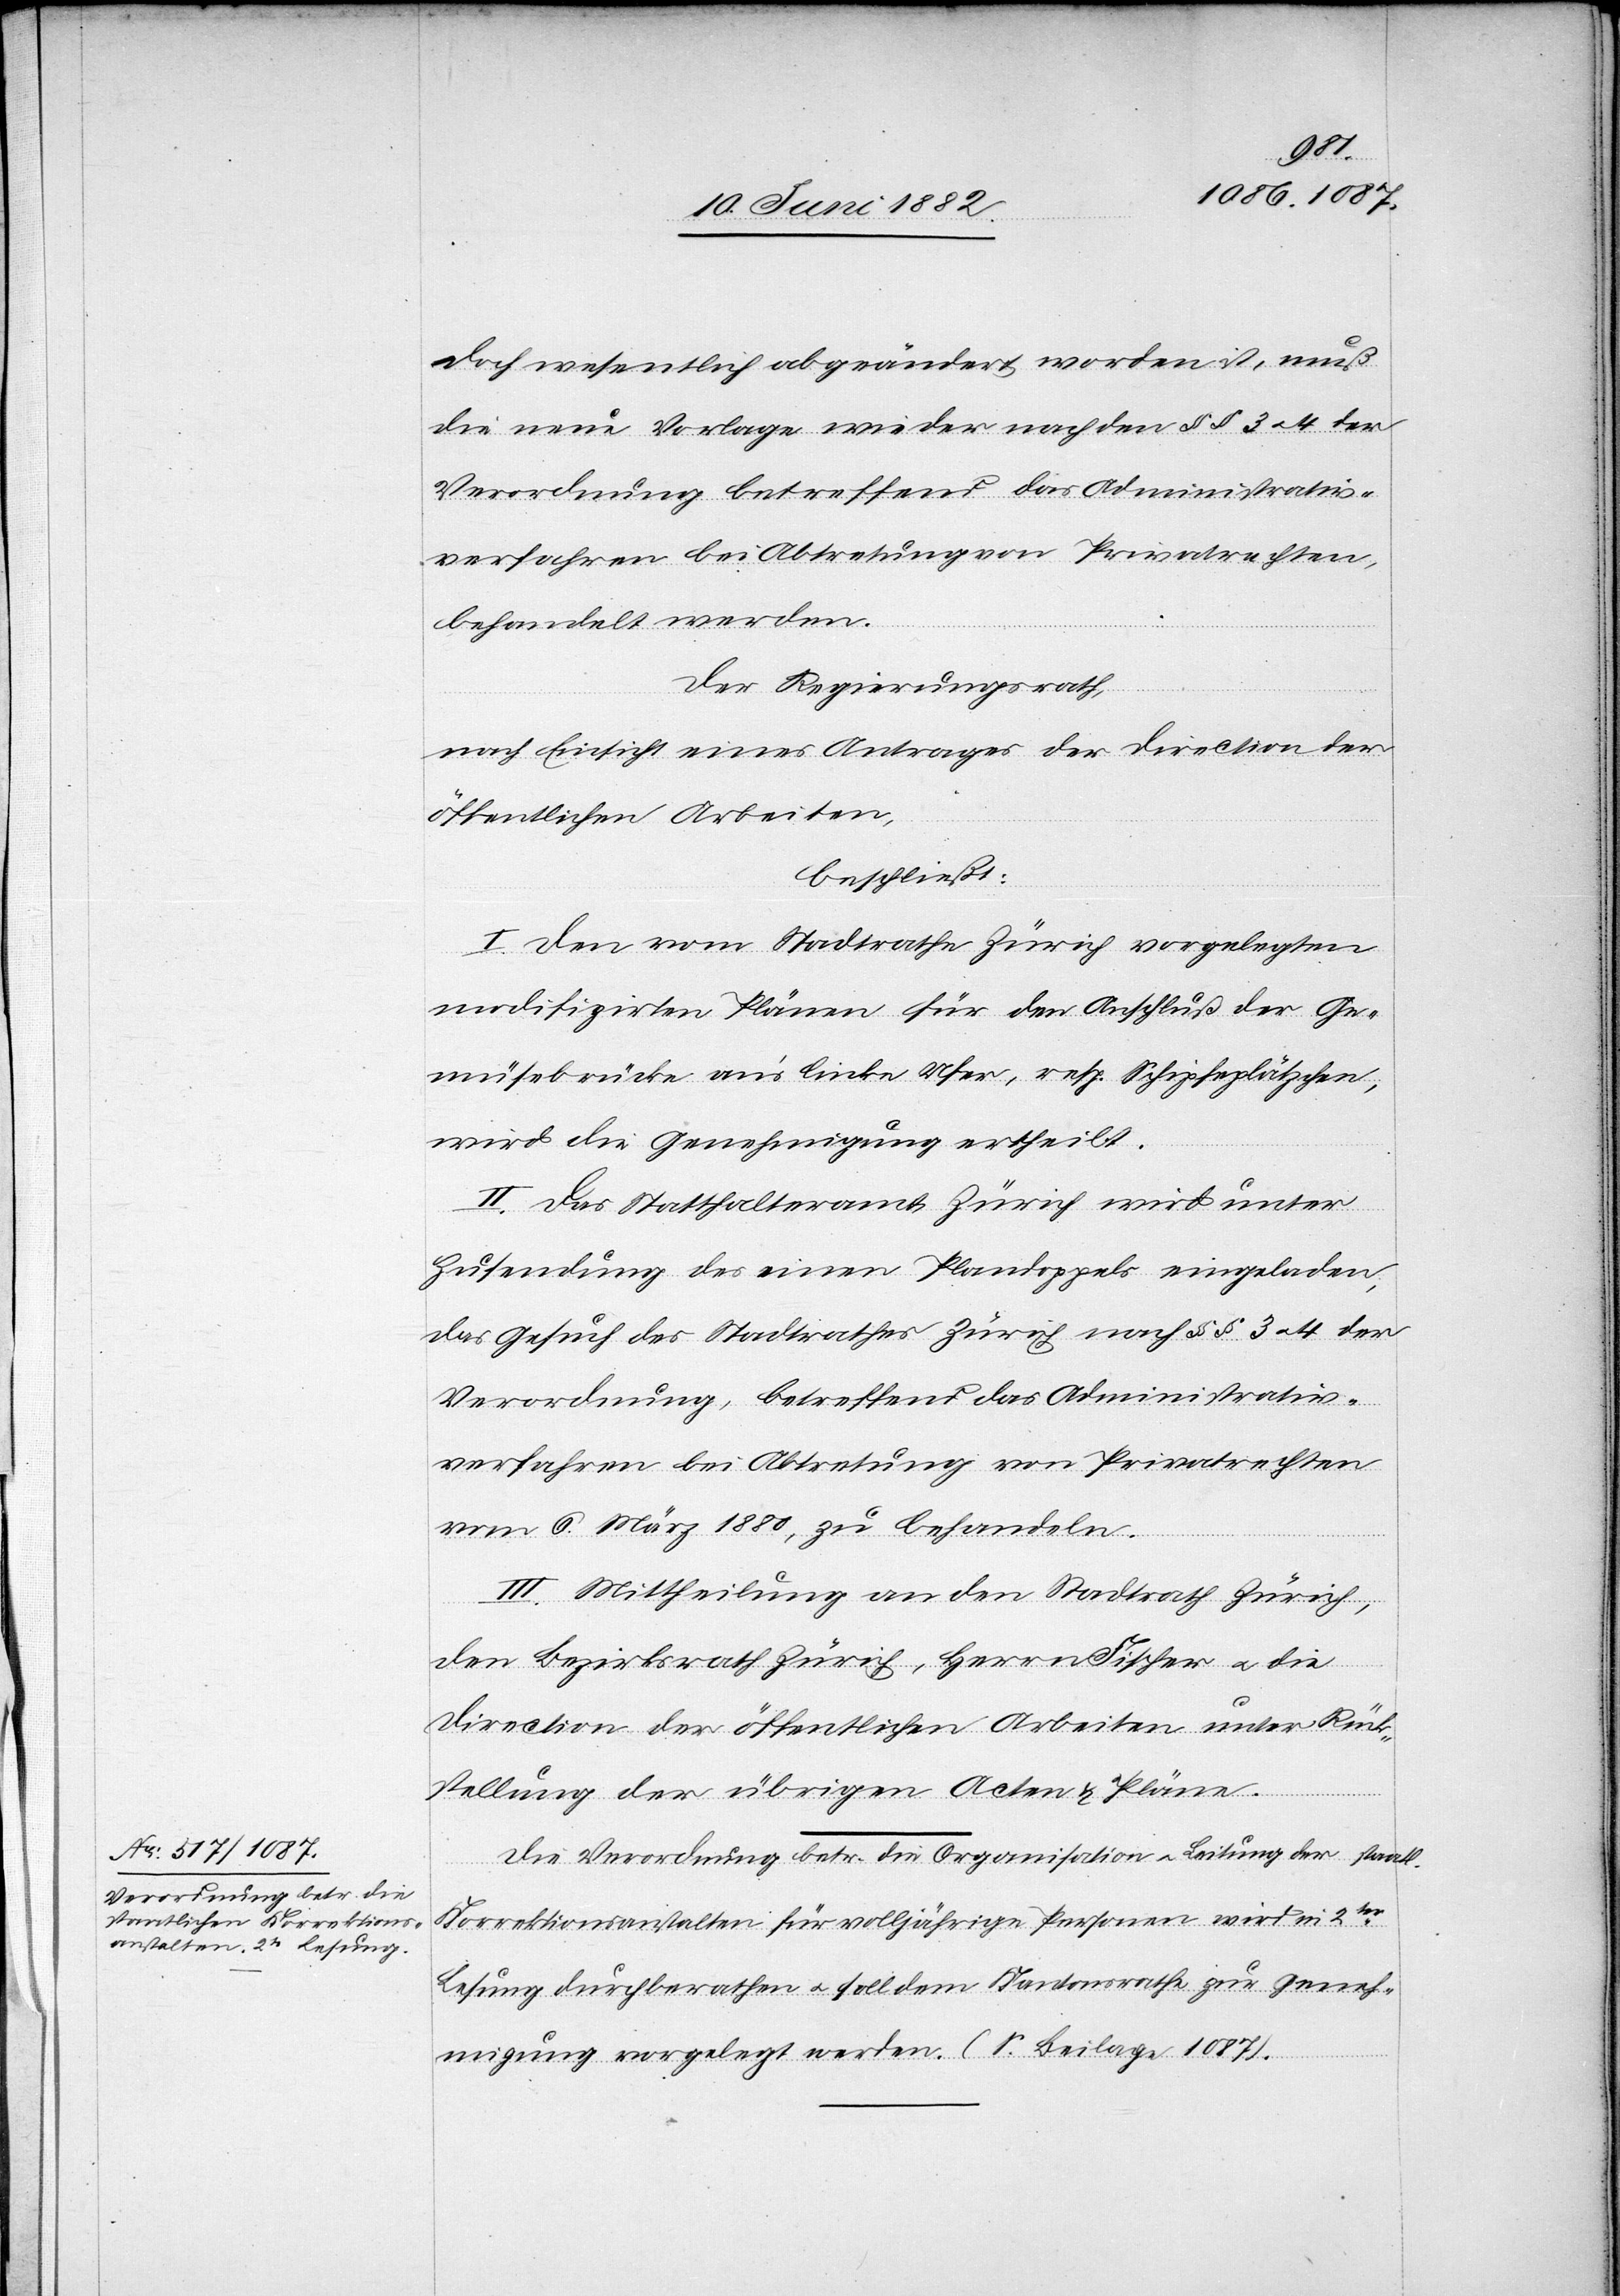
doch wesentlich abgeändert worden ist, muß
die neue Vorlage wieder nach den §§ 3 u. 4 der
Verordnung betreffend das Administrativ¬
verfahren bei Abtretung von Privatrechten,
behandelt werden.
Der Regierungsrath,
nach Einsicht eines Antrages der Direction der
öffentlichen Arbeiten,
beschließt:
I. Den vom Stadtrathe vorgelegten modifizirten
Gemüsebrücke an’s linke Ufer, resp. Schipfenplätzchen,
wird die Genehmigung ertheilt.
II. Das Statthalteramt Zürich wird unter
Zusendung des einen Plandoppels eingeladen,
das Gesuch des Stadtrathes Zürich nach §§ 3 u. 4 der
Verordnung, betreffend das Administrativ¬
verfahren bei Abtretung von Privatrechten
vom 6. März 1880, zu behandeln.
III. Mittheilung an den Stadtrath Zürich,
den Bezirksrath Zürich, Herrn Fischer u. die
Direction der öffentlichen Arbeiten unter Rück¬
den
stellung der übrigen Acten & Pläne.
Die Verordnung betr. die Organisation u. Leitung der staatl.
Korrektionsanstalten für volljährige Personen wird in 2ter
Lesung durchberathen u. soll dem Kantonsrathe zur Geneh¬
migung vorgelegt werden. (S. Beilage 1087).